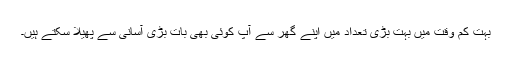
بہت کم وقت میں بہت بڑی تعداد میں اپنے گھر سے آپ کوئی بھی بات بڑی آسانی سے پھیلا سکتے ہیں۔